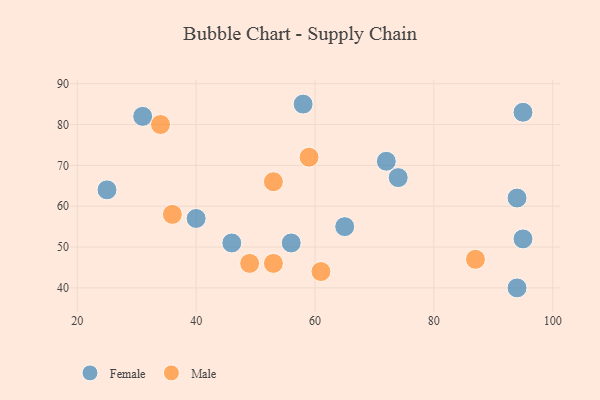
{"axis": {"x": "GDP", "y": "Life Expectancy"}, "legend": ["Female", "Male"], "data": [{"x": "94", "y": 62, "type": "Female"}, {"x": "65", "y": 55, "type": "Female"}, {"x": "94", "y": 40, "type": "Female"}, {"x": "95", "y": 52, "type": "Female"}, {"x": "58", "y": 85, "type": "Female"}, {"x": "95", "y": 83, "type": "Female"}, {"x": "72", "y": 71, "type": "Female"}, {"x": "31", "y": 82, "type": "Female"}, {"x": "40", "y": 57, "type": "Female"}, {"x": "46", "y": 51, "type": "Female"}, {"x": "56", "y": 51, "type": "Female"}, {"x": "74", "y": 67, "type": "Female"}, {"x": "25", "y": 64, "type": "Female"}, {"x": "36", "y": 58, "type": "Male"}, {"x": "61", "y": 44, "type": "Male"}, {"x": "49", "y": 46, "type": "Male"}, {"x": "59", "y": 72, "type": "Male"}, {"x": "87", "y": 47, "type": "Male"}, {"x": "53", "y": 46, "type": "Male"}, {"x": "53", "y": 66, "type": "Male"}, {"x": "34", "y": 80, "type": "Male"}]}